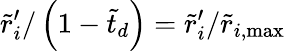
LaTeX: \tilde{r}_{i}^{\prime}/\left(1-\tilde{t}_{d}\right)=\tilde{r}_{i}^{\prime}/\tilde{r}_{i,\mathrm{{max}}}